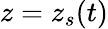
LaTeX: z=z_{s}(t)